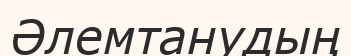
Әлемтанудың